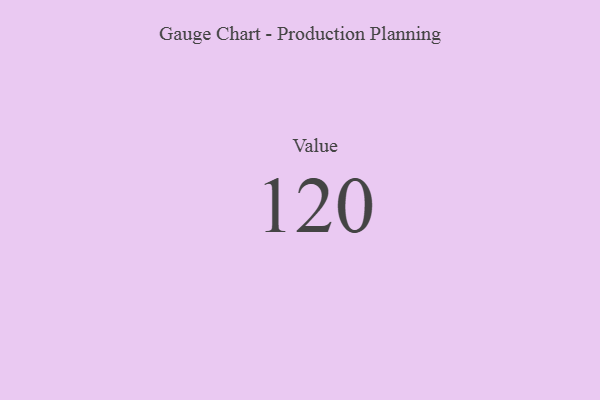
{"axis": {"x": "Metric", "y": "Value"}, "legend": [""], "data": [{"x": "Value", "y": 120, "type": ""}]}